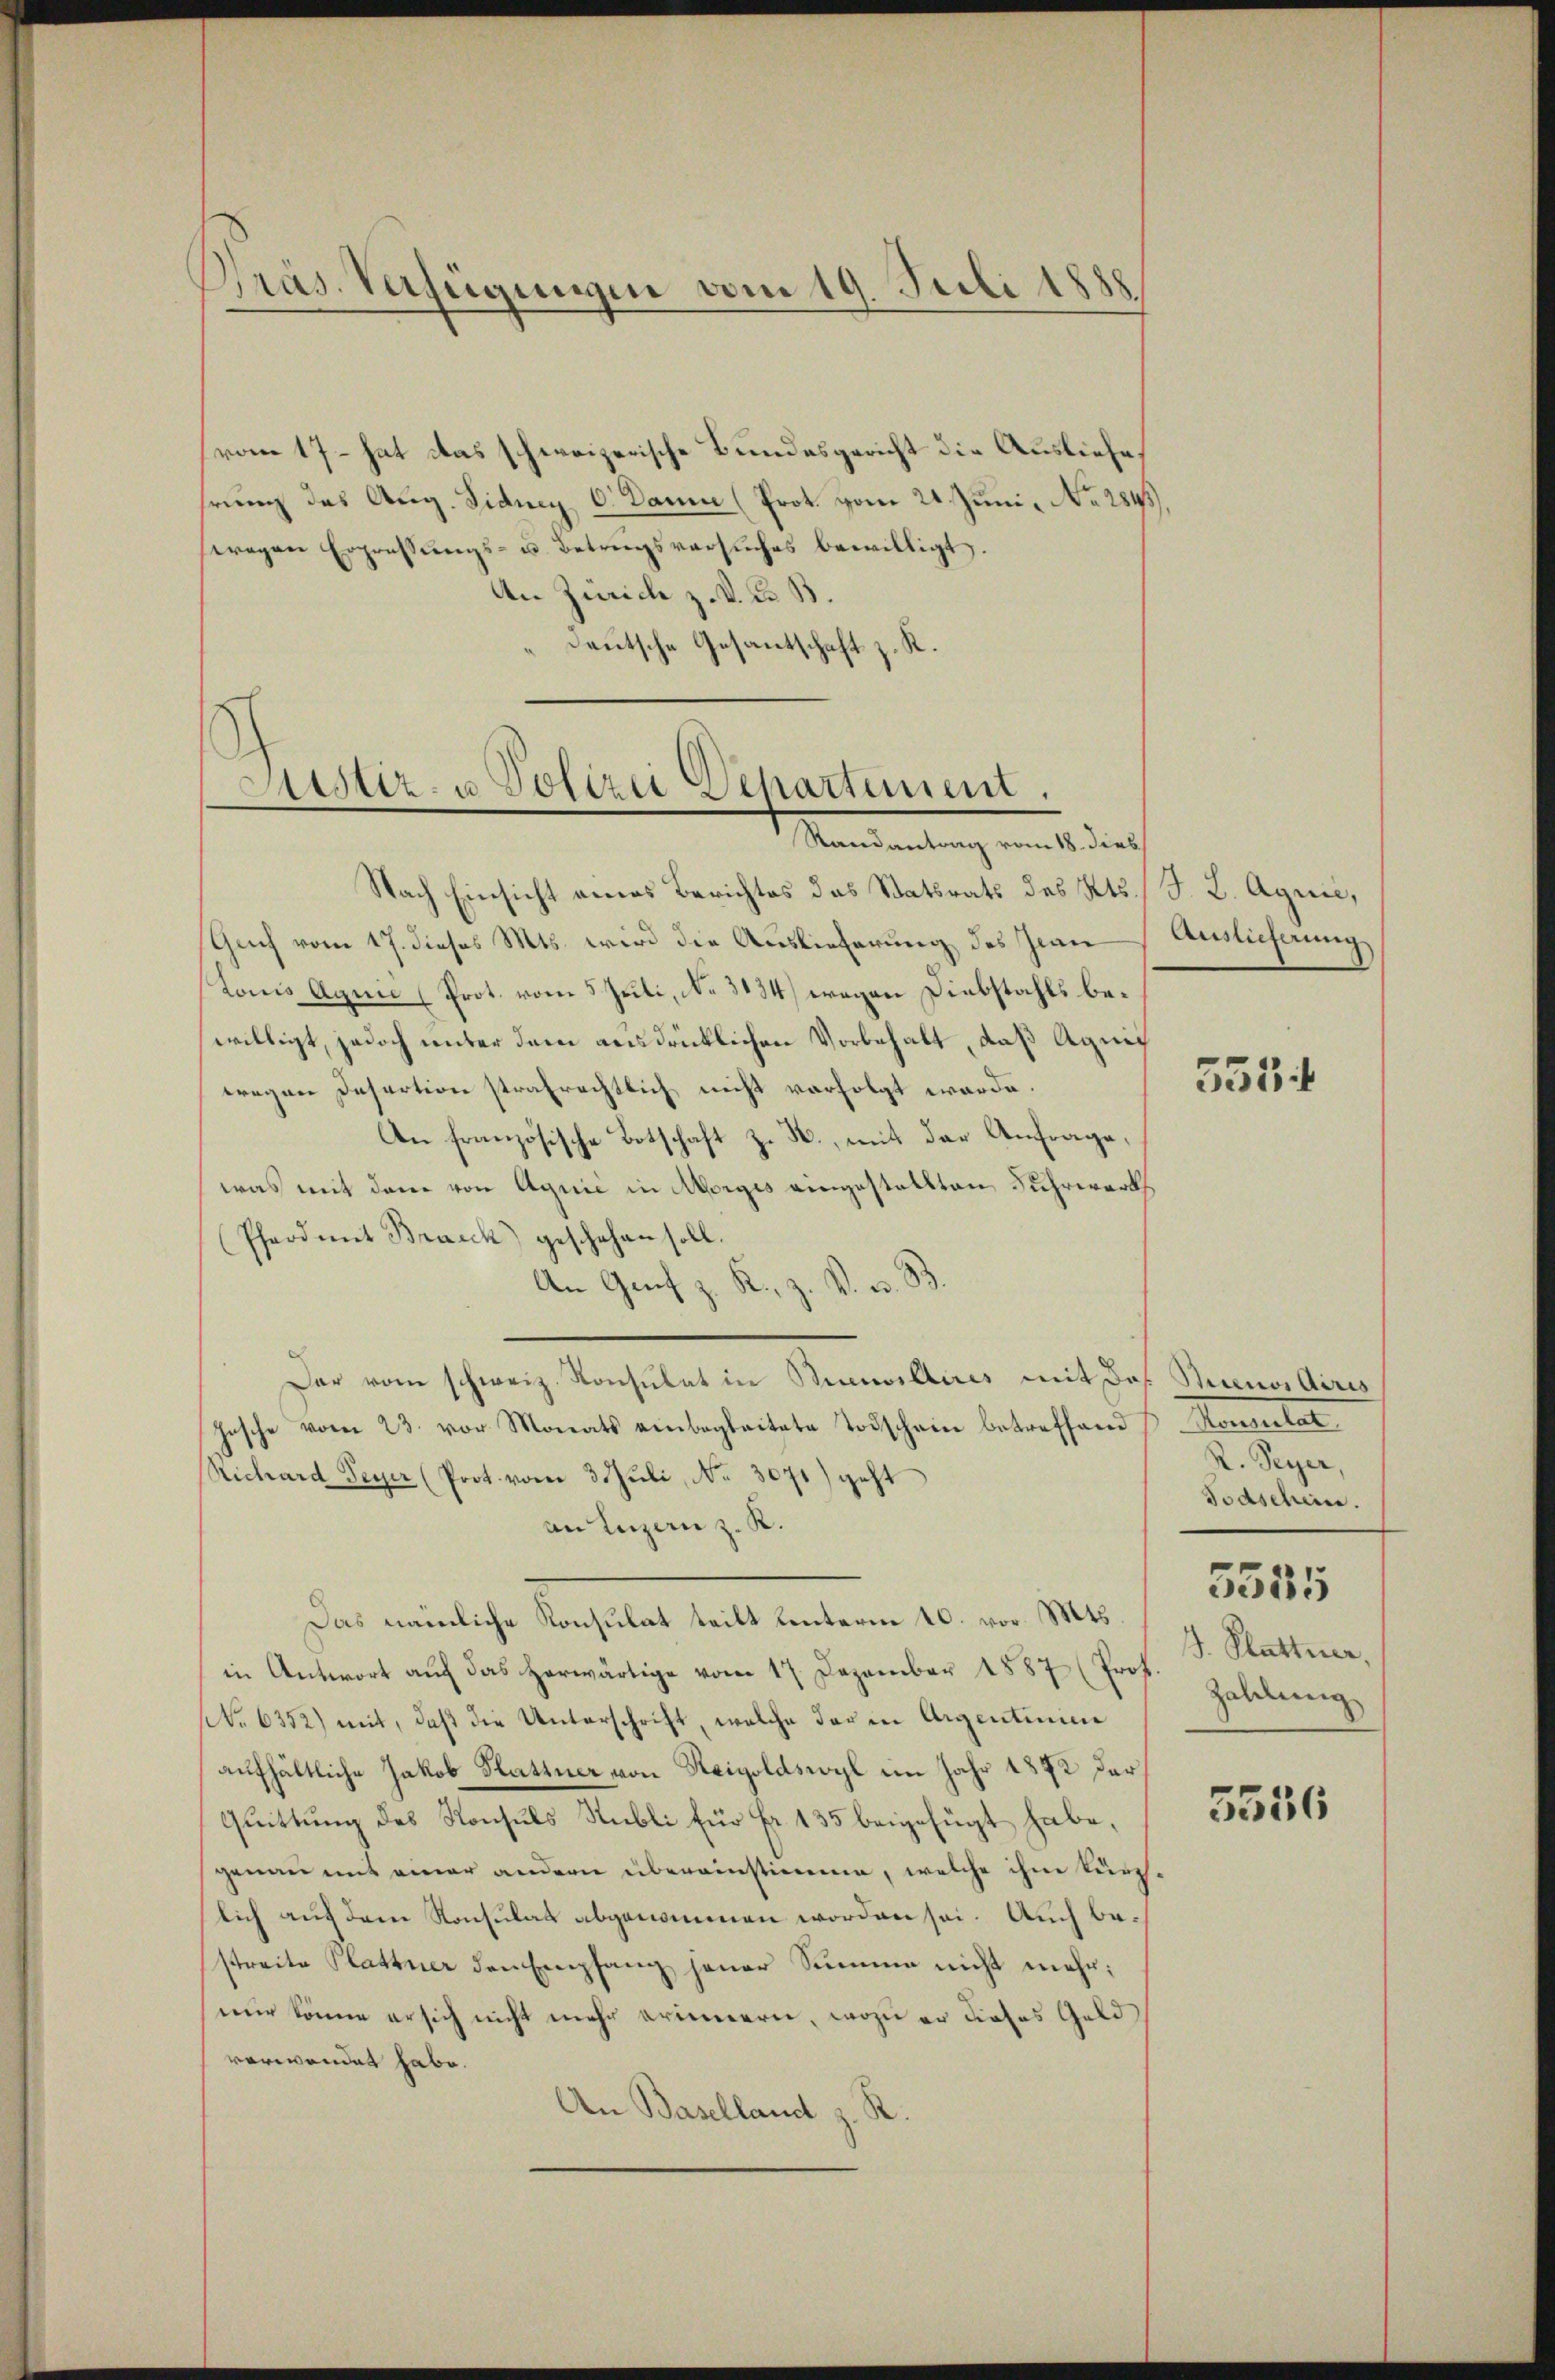
Präs. Verfügungen vom 19. Juli 1888

vom 17 – hat das schweizerische Bundesgericht die Ausliefe,
hrung des Aug. Sidney 6. Dann (Prot. vom 21. Juni, No. 2843).
wegen Erpressungs- u. Betrugsversuches bewilligt.
An Zürich z. V. P. B.
deutsche Gesantschaft z. R.

Astiz- u. Polizei Departement.

Randantrag vom 18. dies
Nach Einsicht eines Berichtes das Statsrats des Kts. S. L. Agnić,
Gech vom 17. dieses Mts. wird die Auslieferung des Jean Auslieferung
Lonis Aquie (Prot. vom 5 Juli, No. 3134) wegen Diebstahls bewilligt, jedoch unter dem ausdrücklichen Vorbehalt, daß Aquic
wegen Desertion strafrechtlich nicht verfolgt werde.
An französische Botschaft z. B., mit der Anfrage,
was mit dem von Aquić in Morges eingestellten Fuhrwerth
Pferd mit Bracck) geschehen soll.
An Graf z. K. Z. V. B. B.
Dar vom schweiz. Konsulat in Brevillires mit des
Insche vom 23. vor Monats einbegleitete Todschein betreffend
Richard Peyer (Prot. vom 3. Juli, No. 3071) geht
an Luzern z. R.
Das nämliche Konsulat teilt unterm 10. vor. Mts.
in Antwort aŭf das herwärtige vom 17. Dezember 1887 (Prof. Zahlung
No 6352) mit, daß die Unterschrift, welche der in Aigentinie
aufhältliche Jakob Plattner von Reigoldswyl im Jahr 1872 der
Quittung des Konsuls Stubli für Fr. 135 beigefügt habe,
genau mit einer andern übereinstimme, welche ihm kurchlich auf dem Konsulat abgenommen worden sei. Auch bestreite Plattner den Empfang jener Summe nicht mehr:
nur könne er sich nicht mehr erinnern, wozu er dieses Geldverwendet habe.
An Baselland z. R.

553

Buenos Airis
Mauleiter
R. Peyer,
Todschein.
5555
J. Plattner,

5556